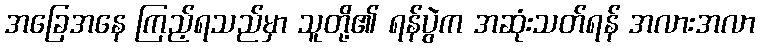
အခြေအနေ ကြည့်ရသည်မှာ သူတို့၏ ရန်ပွဲက အဆုံးသတ်ရန် အလားအလာ